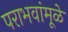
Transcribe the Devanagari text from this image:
पराभवांमूळे